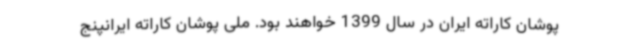
پوشان کاراته ایران در سال 1399 خواهند بود. ملی پوشان کاراته ایرانپنج